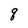
Character: q